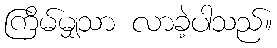
ကြိမ်မျှသာ လာခဲ့ပါသည်။